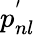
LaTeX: p_{nl}^{'}